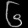
Digit: ၆